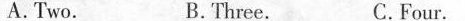
A.Two. B.Three. C.Four.